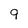
Character: 9